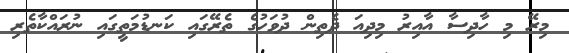
މިރޭ މި ހާދިސާ އާއިރު މިދިއަ ދެތިން ދުވަހުގެ ތެރޭގައި ކަނޑުމަތީގައި ނުރައްކާތެރި